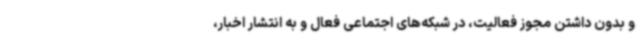
و بدون داشتن مجوز فعالیت، در شبکه‌های اجتماعی فعال و به انتشار اخبار،